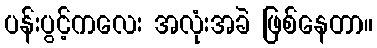
ပန်းပွင့်ကလေး အလုံးအခဲ ဖြစ်နေတာ။